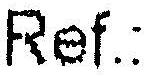
REF.: